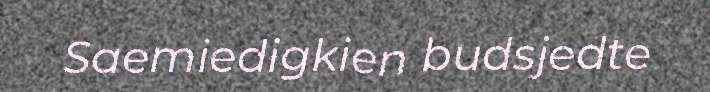
Saemiedigkien budsjedte